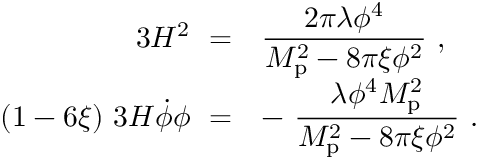
\begin{array} { r l } { { 3 H ^ { 2 } \ = } } & { { { \displaystyle { \frac { 2 \pi \lambda \phi ^ { 4 } } { M _ { \mathrm { p } } ^ { 2 } - 8 \pi \xi \phi ^ { 2 } } } \ , } } } \\ { { ( 1 - 6 \xi ) \ 3 H \dot { \phi } \phi \ = } } & { { { \displaystyle - \ { \frac { \lambda \phi ^ { 4 } M _ { \mathrm { p } } ^ { 2 } } { M _ { \mathrm { p } } ^ { 2 } - 8 \pi \xi \phi ^ { 2 } } } \ . } } } \end{array}